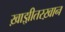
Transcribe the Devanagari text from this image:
ख़ाझ़ीतरख़ान